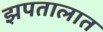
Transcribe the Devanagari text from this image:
झपतालात